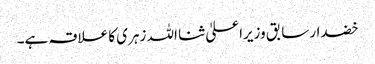
خضدار سابق وزیراعلیٰ ثنا اللہ زہری کا علاقہ ہے۔